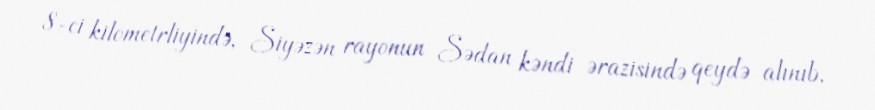
8-ci kilometrliyində, Siyəzən rayonun Sədan kəndi ərazisində qeydə alınıb.